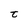
Character: t